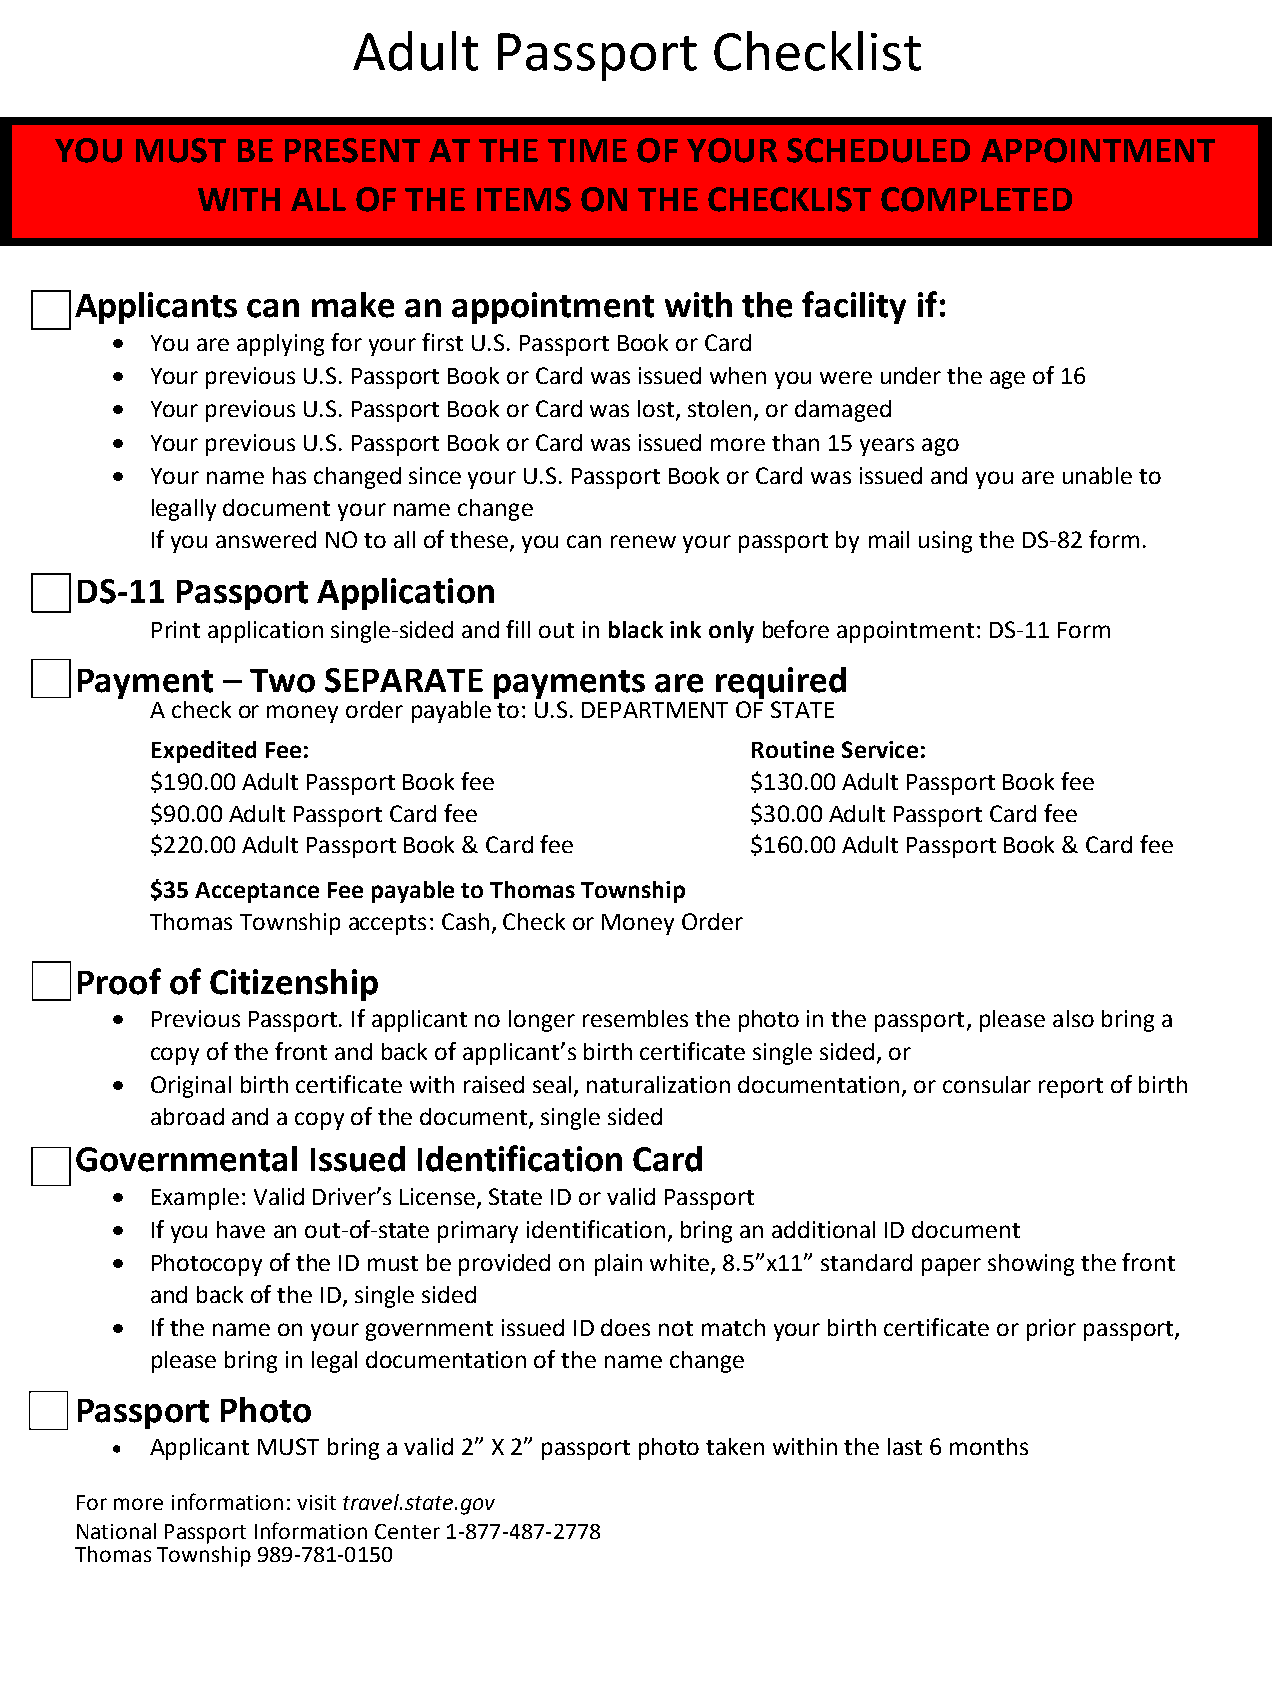
Adult     Passport      Checklist
 YOU  MUST   BE PRESENT  AT  THE TIME  OF  YOUR  SCHEDULED    APPOINTMENT
 WITH  ALL OF  THE ITEMS  ON  THE  CHECKLIST  COMPLETED
 Applicants can  make  an appointment   with the facility if:
   You are applying for your first U.S. Passport Book or Card
   Your previous U.S. Passport Book or Card was issued when you were under the age of 16
   Your previous U.S. Passport Book or Card was lost, stolen, or damaged
   Your previous U.S. Passport Book or Card was issued more than 15 years ago
   Your name has changed since your U.S. Passport Book or Card was issued and you are unable to
 legally document your name change
 If you answered NO to all of these, you can renew your passport by mail using the DS-82 form.
 DS-11  Passport Application
 Print application single-sided and fill out in black ink only before appointment: DS-11 Form
 Payment   – Two SEPARATE    payments  are required
 A check or money order payable to: U.S. DEPARTMENT OF STATE
 Expedited Fee:                          Routine Service:
 $190.00 Adult Passport Book fee         $130.00 Adult Passport Book fee
 $90.00 Adult Passport Card fee          $30.00 Adult Passport Card fee
 $220.00 Adult Passport Book & Card fee  $160.00 Adult Passport Book & Card fee
 $35 Acceptance Fee payable to Thomas Township
 Thomas Township accepts: Cash, Check or Money Order
 Proof of Citizenship
   Previous Passport. If applicant no longer resembles the photo in the passport, please also bring a
 copy of the front and back of applicant’s birth certificate single sided, or
   Original birth certificate with raised seal, naturalization documentation, or consular report of birth
 abroad and a copy of the document, single sided
 Governmental   Issued Identification Card
   Example: Valid Driver’s License, State ID or valid Passport
   If you have an out-of-state primary identification, bring an additional ID document
   Photocopy of the ID must be provided on plain white, 8.5”x11” standard paper showing the front
 and back of the ID, single sided
   If the name on your government issued ID does not match your birth certificate or prior passport,
 please bring in legal documentation of the name change
 Passport Photo
   Applicant MUST bring a valid 2” X 2” passport photo taken within the last 6 months
 For more information: visit travel.state.gov
 National Passport Information Center 1-877-487-2778
 Thomas Township 989-781-0150